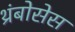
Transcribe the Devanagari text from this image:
थ्रंबोसेस